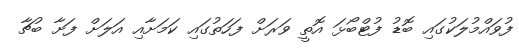
ފުވައްމުލަކުގައި ބޮޑު ފުޓްބޯޅަ އޮތީ ވަރަށް ފަހަތުގައި ކަމަށާއި އަލަށް ފަށާ ބުޗާ